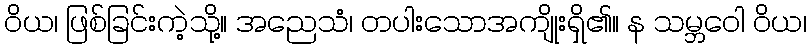
ဝိယ၊ ဖြစ်ခြင်းကဲ့သို့။ အညေသံ၊ တပါးသောအကျိုးရှိ၏။ န သမ္ဘဝေါ ဝိယ၊